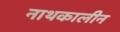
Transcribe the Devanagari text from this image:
नाथकालीन